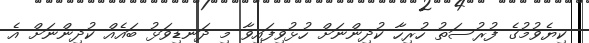
ކިޔެވުމުގެ ފުރުސަތު ހުރިހާ ކުދިންނަށް ހުޅުވިފައިވާ މި ދަނޑިވަޅު ބައެއް ކުދިންނަށް އެ